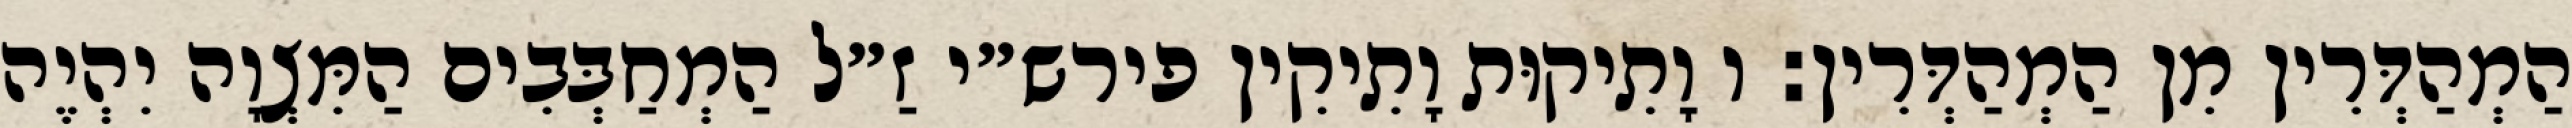
הַמְהַדְּרִין מִן הַמְהַדְּרִין: ו וָתִיקוּת וָתִיקִין פירש״י זַ״ל הַמְחַבְּבִים הַמִּצְוָה יִהְיֶה